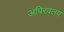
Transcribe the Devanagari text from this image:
अपिरवलय